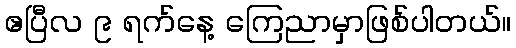
ဧပြီလ ၉ ရက်နေ့ ကြေညာမှာဖြစ်ပါတယ်။